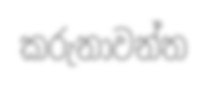
කරුනාවන්ත